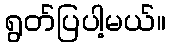
ရွတ်ပြပါ့မယ်။